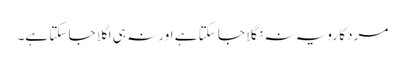
مرد کا رویہ نہ نگلا جا سکتا ہے اور نہ ہی اگلا جا سکتا ہے۔